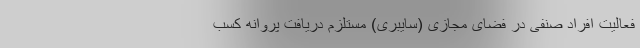
فعالیت افراد صنفی در فضای مجازی (سایبری) مستلزم دریافت پروانه کسب